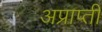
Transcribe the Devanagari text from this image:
अप्राप्ती